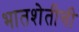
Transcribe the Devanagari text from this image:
भातशेतीची